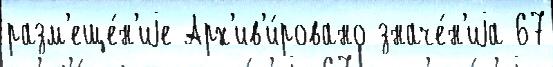
разм'еще́н'иjе Арх'ив'и́ровано значе́н'иjа 67